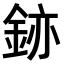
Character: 𫒚